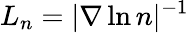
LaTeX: L_{n}=|\nabla\ln n|^{-1}